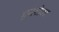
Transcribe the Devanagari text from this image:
एस्चेम